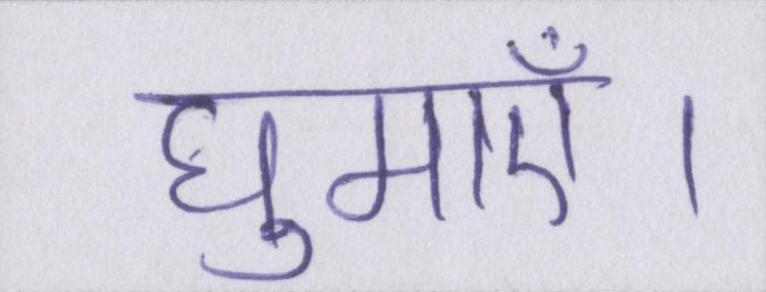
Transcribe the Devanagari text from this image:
घुमाएँ।